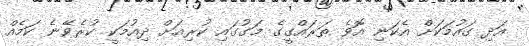
އަދި ގައުމަކަށް އެކަނި އޮވެ ތަރައްގީގެ މަގުގައި ކުރިއަށް ދިއުމަކީ ކުރެވޭނެ ކަމެއް